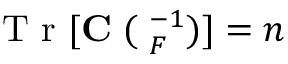
\mathrm { ~ T ~ r ~ } [ { \bf C \Xi } ( { \bf \Lambda } _ { F } ^ { - 1 } ) ] = n